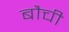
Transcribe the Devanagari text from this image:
बौची